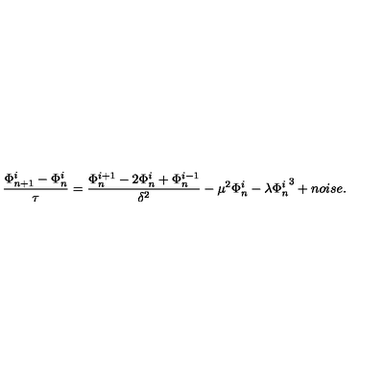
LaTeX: \frac { \Phi _ { n + 1 } ^ { i } - \Phi _ { n } ^ { i } } { \tau } = \frac { \Phi _ { n } ^ { i + 1 } - 2 \Phi _ { n } ^ { i } + \Phi _ { n } ^ { i - 1 } } { \delta ^ { 2 } } - \mu ^ { 2 } \Phi _ { n } ^ { i } - \lambda { \Phi _ { n } ^ { i } } ^ { 3 } + n o i s e .